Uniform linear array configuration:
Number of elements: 32
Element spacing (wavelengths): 0.5
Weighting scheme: hann
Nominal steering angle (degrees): -45
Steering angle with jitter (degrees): -45.269
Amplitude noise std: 0.05
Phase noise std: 0.05

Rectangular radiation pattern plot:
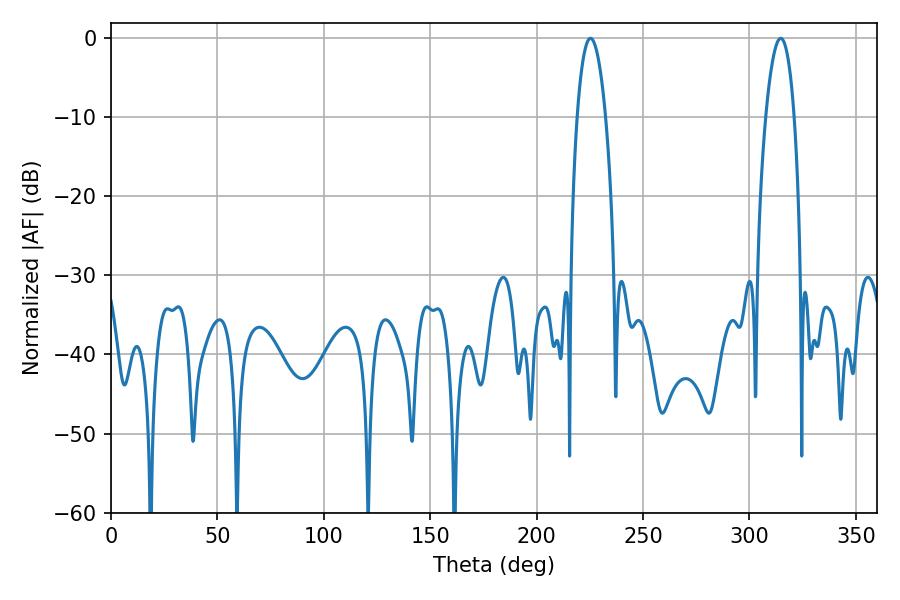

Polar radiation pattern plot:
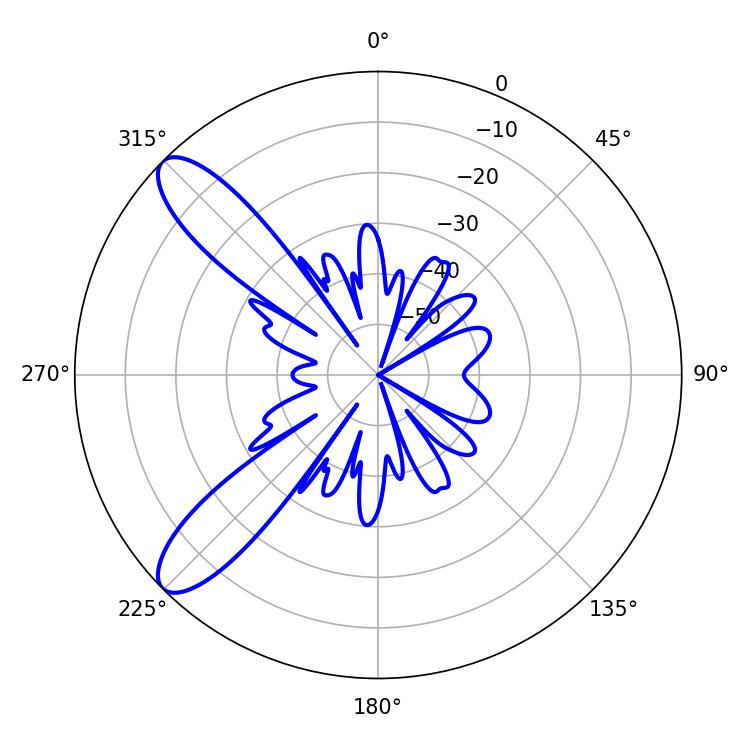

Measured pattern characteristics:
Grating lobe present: FALSE
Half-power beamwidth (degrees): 7.38
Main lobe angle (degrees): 225.36